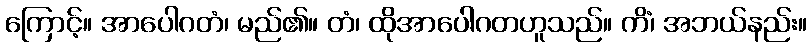
ကြောင့်။ အာပေါဂတံ၊ မည်၏။ တံ၊ ထိုအာပေါဂတဟူသည်။ ကိံ၊ အဘယ်နည်း။